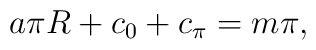
a\pi R + c_0 + c_\pi = m \pi,